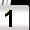
Digit: 1